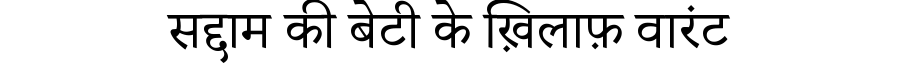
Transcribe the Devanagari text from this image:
सद्दाम की बेटी के ख़िलाफ़ वारंट